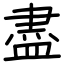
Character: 盡